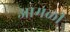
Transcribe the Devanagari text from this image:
आमळी